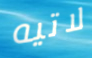
لاتيه